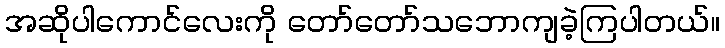
အဆိုပါကောင်လေးကို တော်တော်သဘောကျခဲ့ကြပါတယ်။